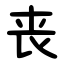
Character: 丧